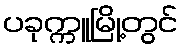
ပခုက္ကူမြို့တွင်